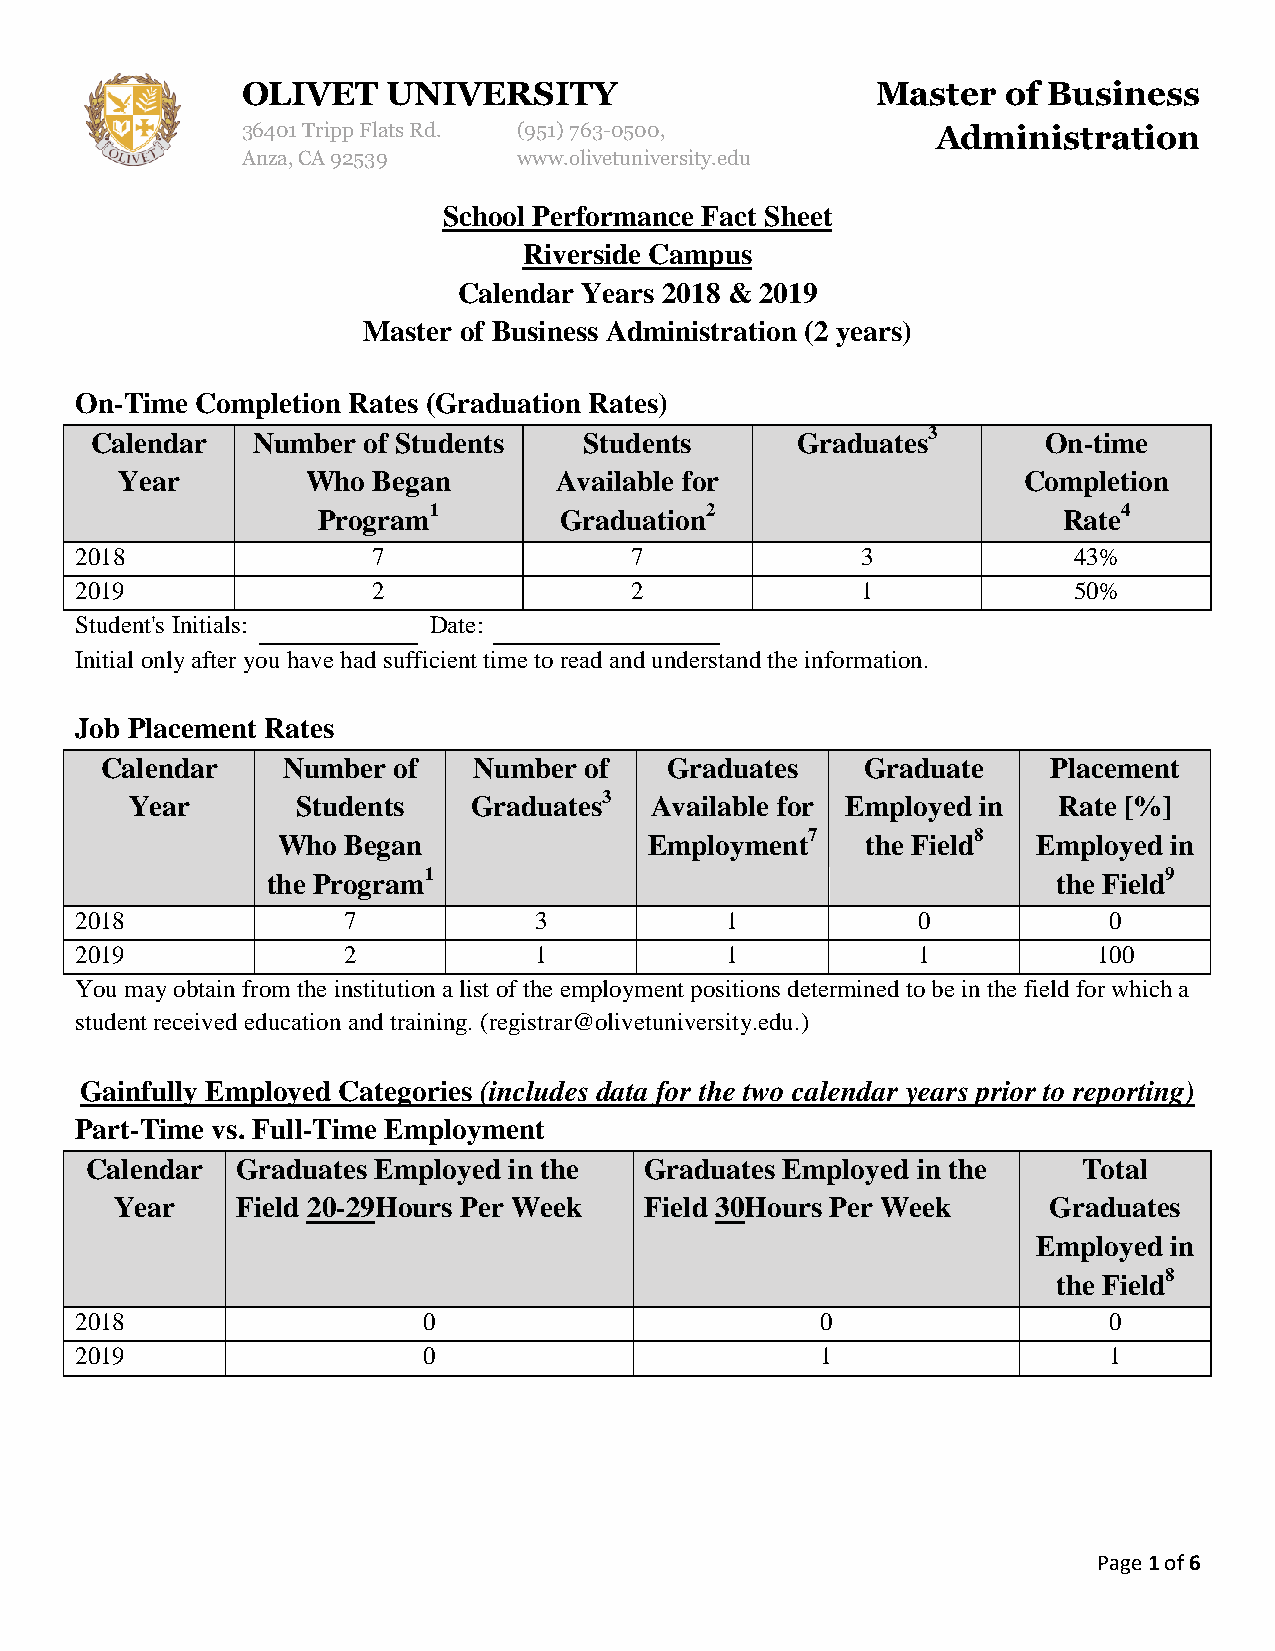
OLIVET    UNIVERSITY                      Master   of Business
 36401 Tripp Flats Rd. (951) 763-0500,         Administration
 Anza, CA 92539    www.olivetuniversity.edu
 School Performance Fact Sheet
 Riverside Campus
 Calendar Years 2018 & 2019
 Master of Business Administration (2 years)
 On-Time Completion Rates (Graduation Rates)
 Calendar   Number of Students    Students      Graduates3      On-time
 Year        Who  Began       Available for                  Completion
 Program1        Graduation2                      Rate4
 2018                7                7              3             43%
 2019                2                2              1             50%
 Student's Initials:    Date:
 Initial only after you have had sufficient time to read and understand the information.
 Job Placement Rates
 Calendar    Number of   Number  of   Graduates    Graduate     Placement
 Year       Students   Graduates3  Available for Employed in  Rate [%]
 Who  Began               Employment7   the Field8  Employed in
 the Program1                                        the Field9
 2018              7           3            1            0           0
 2019              2           1            1            1           100
 You may obtain from the institution a list of the employment positions determined to be in the field for which a
 student received education and training. (registrar@olivetuniversity.edu.)
 Gainfully Employed Categories (includes data for the two calendar years prior to reporting)
 Part-Time vs. Full-Time Employment
 Calendar  Graduates Employed in the  Graduates Employed in the    Total
 Year    Field 20-29Hours Per Week  Field 30Hours Per Week    Graduates
 Employed in
 the Field8
 2018                   0                         0                  0
 2019                   0                         1                  1
 Page 1 of 6